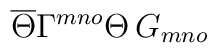
\overline{\Theta} \Gamma^{mno} \Theta\, G_{mno}